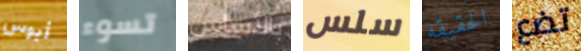
أبوس تسوء بالأساس سلس الحقيقه تضع